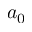
a _ { 0 }